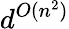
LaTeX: d^{O(n^{2})}